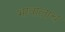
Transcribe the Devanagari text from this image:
भावालाच